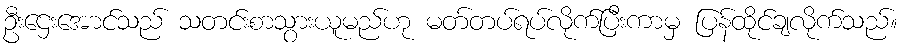
ဦးဌေးအောင်သည် သတင်းစာသွားယူမည်ဟု မတ်တပ်ရပ်လိုက်ပြီးကာမှ ပြန်ထိုင်ချလိုက်သည်။